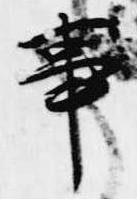
事